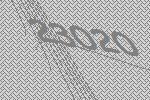
23020